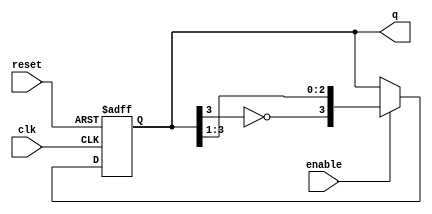
module johnson_counter #(
    parameter N = 4  // Number of flip-flops
)(
    input wire clk,          // Clock signal
    input wire reset,        // Asynchronous reset
    input wire enable,       // Counter enable
    output reg [N-1:0] q     // Output state of the counter
);

    // Internal signal for feedback
    wire feedback;

    // Assign feedback as the inverted output of the last flip-flop
    assign feedback = ~q[N-1];

    // Sequential logic for the Johnson Counter
    always @(posedge clk or posedge reset) begin
        if (reset) begin
            // Reset all flip-flops to 0
            q <= 0;
        end else if (enable) begin
            // Shift the state and apply feedback
            q <= {feedback, q[N-1:1]};
        end
    end

endmodule